Annual report on the working of the mental hospitals in the Madras Presidency - 1912-1932
Year: 1912
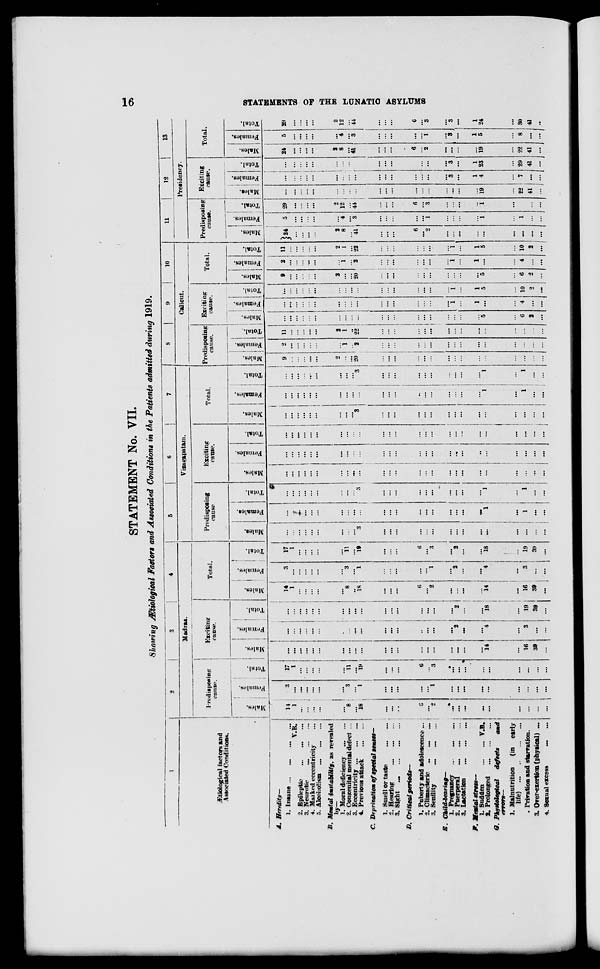
16
STATEMENTS OF THE LUNATIC ASYLUMS
STATEMENT No. VII.
Showing Ætiological Factors and Associated Conditions in the Patients admitted during 1919.
1
Ætiological factors and
Associated Conditions.
A. Heredity—
1. Insane
...
...
...
...
V.B.
2. Epileptic
...
...
...
3. Neurotic
...
...
...
4. Marked eccentricity ...
5. Alcoholism
...
...
...
B. Mental instability, as revealed
by—
1. Moral deficiency
...
...
2. Congenital mental defect ...
3. Eccentricity
...
...
...
4. Previous attack
...
...
C. Deprivation of Special senses––
1. Smell or taste
...
...
2. Hearing
...
...
...
3.
Sight
...
...
...
...
D. Critical periods—
1. Puberty and adolescence ...
2. Climacteric ... ... ...
3. Senility
...
...
...
E.
Child-bearing—
1. Pregnancy ... ... ... ...
2. Puerperal
...
...
...
3. Lactation ... ... ...
F. Mental stress—
1. Sudden ... ... ... ...V.B.
2. Prolonged
...
...
...
G. Physiological defects and
errors––
1. Malnutrition
(in early
life) ... ... ... ...
2. Privation and starvation.
3. Over-exertion (physical) ...
4. Sexual excess ... ...
2
3
4
Madras.
Predisposing
cause.
Males.
14
1
...
...
...
...
...
8
...
18
...
...
...
6
...
2
...
...
...
...
...
...
...
...
...
...
...
Females.
3
...
...
...
...
...
3
...
1
...
...
...
...
...
1
...
...
...
...
...
...
...
...
...
...
...
Total.
17
1
...
...
...
...
...
11
...
19
...
...
...
6
...
3
...
...
...
...
...
...
...
...
...
Exciting
cause.
Males.
...
...
...
...
...
...
...
...
...
...
...
...
...
...
...
...
...
...
...
...
14
...
16
39
...
Females.
...
...
...
...
...
...
...
...
...
...
...
...
...
...
...
...
...
2
...
...
4
...
3
...
...
Total.
...
...
...
...
...
...
...
...
...
...
...
...
...
...
...
...
...
2
...
...
18
...
19
39
...
Total.
Males.
14
1
...
...
...
...
...
8
...
18
...
...
...
6
...
2
...
...
...
...
14
...
16
39
...
Females.
3
...
...
...
...
...
...
3
...
1
...
...
...
...
...
1
...
2
...
...
4
...
3
...
...
Total.
17
1
...
...
...
...
...
11
...
19
...
...
...
6
...
3
...
2
...
...
18
...
19
39
...
5
6
7
Vizagapatam.
Predisposing
cause
Males.
...
...
...
...
...
...
...
...
. ..
3
...
...
...
...
...
...
...
...
...
...
...
...
...
...
...
Females.
...
...
...
...
...
...
...
...
...
...
...
...
...
...
...
...
...
...
...
...
1
...
1
...
...
Total.
...
...
. ..
...
...
...
...
...
...
3
...
...
...
...
...
...
...
...
...
...
1
...
1
...
...
Exciting
cause.
Males.
...
...
...
...
...
...
...
...
...
...
...
...
...
...
...
...
...
...
...
...
...
...
. ..
...
...
Females.
...
...
...
...
...
...
...
...
...
...
...
...
...
...
...
...
...
...
...
...
...
...
...
...
...
Total.
...
...
...
...
...
...
...
...
...
...
...
...
...
...
. ..
...
...
...
...
...
...
...
...
...
...
Total.
Males.
...
...
...
...
...
...
...
...
...
3
...
...
...
...
...
...
...
...
...
...
...
...
...
...
...
Females.
...
...
...
...
...
...
...
...
...
...
...
...
...
...
...
...
...
...
...
...
1
...
1
. ..
...
Total.
...
...
...
...
...
...
...
...
...
3
...
...
...
...
...
...
...
...
...
...
1
...
1
...
...
8
9
10
Calicut.
Predisposing
cause.
Males.
9
...
...
...
...
...
2
...
...
20
...
...
...
...
...
...
...
...
...
...
...
...
...
...
...
Females.
2
...
...
...
...
...
...
1
...
2
...
...
...
...
...
...
...
...
...
...
...
...
...
...
...
Total.
11
...
...
...
...
...
2
1
...
22
...
...
...
...
...
...
...
...
...
...
...
...
...
...
...
Exciting
cause.
Males.
...
...
...
...
...
...
...
...
...
...
...
...
...
...
...
...
...
...
...
...
5
...
6
2
...
Females.
...
...
...
...
...
...
...
...
...
...
...
...
...
...
...
...
...
1
...
1
...
...
4
...
...
Total.
...
...
...
...
...
...
...
...
...
...
...
...
...
...
...
...
...
1
...
1
5
...
10
2
...
Total.
Males.
9
...
...
...
...
...
2
...
...
20
...
...
...
...
...
...
...
...
...
...
5
...
6
2
...
Females.
2
...
...
...
...
...
...
1
...
2
...
...
...
...
...
...
...
1
...
1
...
...
4
...
...
Total.
11
...
...
...
...
...
2
1
...
22
...
...
...
...
...
...
...
1 ...
1
5
...
10
2
...
11
12
13
Presidency.
Predisposing
cause.
Males.
24
...
...
...
...
2
8
...
41
...
...
...
6
...
2
...
...
...
...
...
...
...
...
...
Females.
5
...
...
...
...
...
4
...
3
...
...
...
...
...
1
...
...
...
...
1
...
1
...
...
Total.
29
...
...
...
...
2
12
...
44
...
...
...
6
...
3
...
...
...
...
1
...
...
...
...
Exciting
cause.
Males.
...
...
...
...
...
...
...
...
...
...
...
...
...
...
...
...
...
...
...
19
...
22
41
...
Females.
...
...
...
...
...
...
...
...
...
...
...
...
. ..
...
...
...
3
...
1
4
...
7
...
...
Total.
...
... ...
...
...
...
...
...
...
...
...
...
...
. ..
...
. ..
3
...
1
23
...
29
41
...
Total.
Males.
24
...
...
...
...
2
8
...
41
...
...
...
6
...
2
...
...
...
...
19
...
22
41
...
Females.
5
...
...
...
...
...
4
...
3
...
...
...
...
...
1
...
3
...
1
5
...
8
...
...
Total.
29
...
...
...
...
2
12
...
44
...
...
...
6
...
3
...
3
...
1
24
. ..
30
41
...